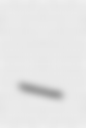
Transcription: –